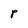
Character: p